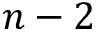
n - 2